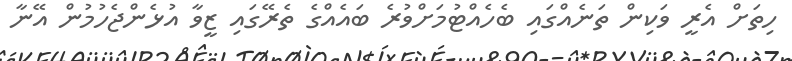
ހިތަށް އެރީ ވަކިން ތަނެއްގައި ބެހެއްޓުމަށްވުރެ ބައެއްގެ ތެރޭގައި ޒީވާ އުޅެންޖެހުމުން އޭނާ